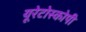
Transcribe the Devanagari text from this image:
यूरेटोस्कोपी